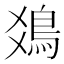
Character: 𩾾